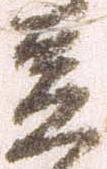
豆